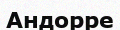
Андорре